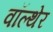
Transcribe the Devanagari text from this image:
वॉल्थेर